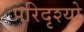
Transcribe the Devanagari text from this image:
परिदृश्‍यो